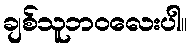
ချစ်သူဘဝလေးပါ။